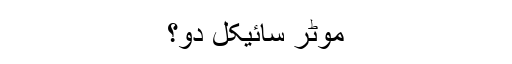
موٹر سائیکل دو؟